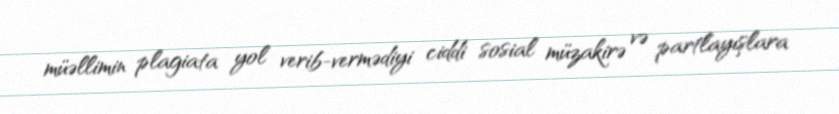
müəllimin plagiata yol verib-vermədiyi ciddi sosial müzakirə və partlayışlara